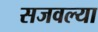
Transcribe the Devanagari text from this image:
सजवल्या